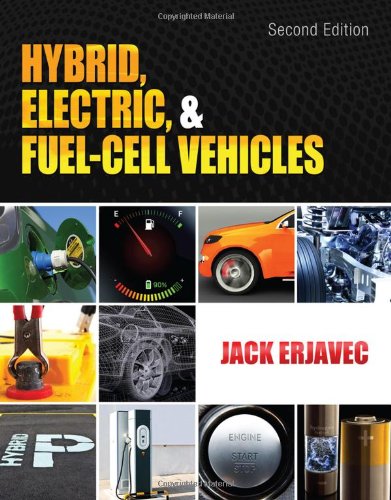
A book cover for Hybrid, Electric, and Fuel-Cell Vehicles (Go Green with Renewable Energy Resources); Jack Erjavec; Engineering & Transportation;